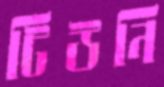
টিউনি